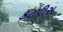
કટપીસ